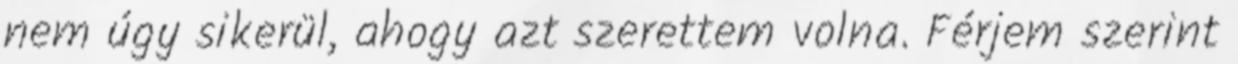
nem úgy sikerül, ahogy azt szerettem volna. Férjem szerint